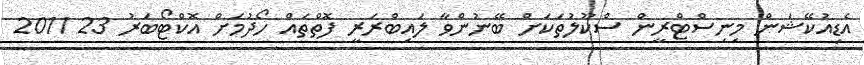
އެޑިއުކޭޝަން މިނިސްޓްރީން ސްކޫލުތަކަށް ބޭނުންވާ ލައިބްރަރީ ފޮތްތައް ހޯދުމަށް އޮކްޓޯބަރު 23 2011